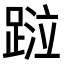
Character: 𨂖